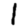
Digit: 1